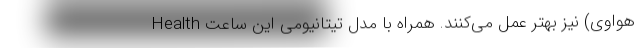
Health هواوی) نیز بهتر عمل می‌کنند. همراه با مدل تیتانیومی این ساعت